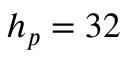
h _ { p } = 3 2